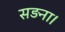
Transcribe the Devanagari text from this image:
सड़ना।